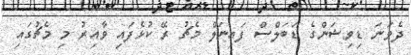
ދެވަނަ ޑިވިޝަންގެ ޑަބަލްސް ފައިނަލް މެޗު ރޭ ކުޅެފައި ވާއިރު މި މެޗުގައި